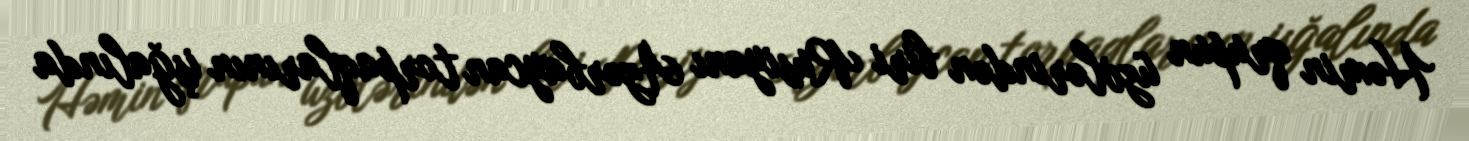
Həmin qrupun üzvlərindən biri Rusiyanı Azərbaycan torpaqlarının işğalında